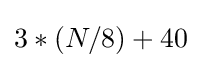
3*(N/8)+40